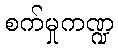
စက်မှုကဏ္ဍ